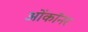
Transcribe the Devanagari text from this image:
ओंकॉनर